Civil Veterinary Department. Madras. Admin. report 1926-33 - 1926-1933
Year: 1926
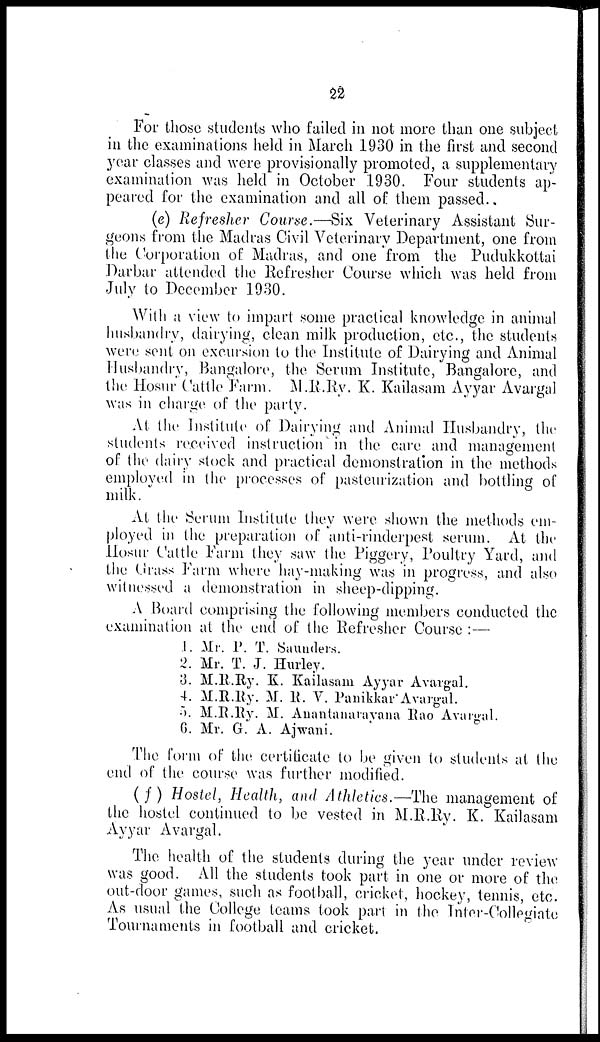
22
For those students who failed in not more than one subject
in the examinations held in March 1930 in the first and second
year classes and were provisionally promoted, a supplementary
examination was held in October 1930. Four students ap-
peared for the examination and all of them passed.
(e) Refresher Course.—Six Veterinary Assistant Sur-
geons from the Madras Civil Veterinary Department, one from
the Corporation of Madras, and one from the Pudukkottai
Darbar attended the Refresher Course which was held from
July to December 1930.
With a view to impart some practical knowledge in animal
husbandry, dairying, clean milk production, etc., the students
were sent on excursion to the Institute of Dairying and Animal
Husbandry, Bangalore, the Serum Institute, Bangalore, and
the Hosur Cattle Farm. M.R.Ry. K. Kailasam Ayyar Avargal
was in charge of the party.
At the Institute of Dairying and Animal Husbandry, the
students received instruction in the care and management
of the dairy stock and practical demonstration in the methods
employed in the processes of pasteurization and bottling of
milk.
At the Serum Institute they were shown the methods em-
ployed in the preparation of anti-rinderpest serum. At the
Hosur Cattle Farm they saw the Piggery, Poultry Yard, and
the Grass Farm where hay-making was in progress, and also
witnessed a demonstration in sheep-dipping.
A Board comprising the following members conducted the
examination at the end of the Refresher Course :—
1.
2.
3.
4.
5.
6.
Mr. P. T. Saunders.
Mr. T. J. Hurley.
M.R.Ry. K. Kailasam Ayyar Avargal.
M.R.Ry. M. R. V. Panikkar Avargal.
M.R.Ry. M. Anantanarayana Rao Avargal.
Mr. G. A. Ajwani.
The form of the certificate to be given to students at the
end of the course was further modified.
(f) Hostel, Health, and Athletics.—The management of
the hostel continued to be vested in M.R.Ry. K. Kailasam
Ayyar Avargal.
The health of the students during the year under review
was good. All the students took part in one or more of the
out-door games, such as football, cricket, hockey, tennis, etc.
As usual the College teams took part in the Inter-Collegiate
Tournaments in football and cricket.